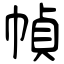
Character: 幀